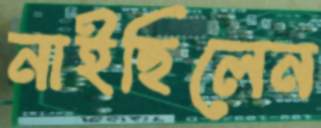
নাইছিলেন